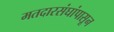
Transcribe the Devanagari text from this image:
मतदारसंघांपासून